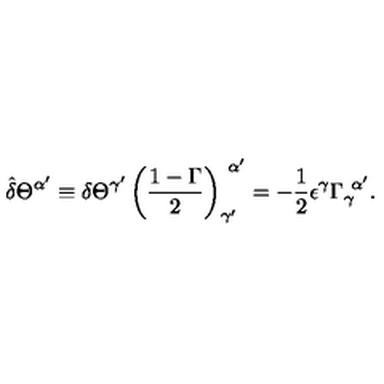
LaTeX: \hat { \delta } \Theta ^ { \alpha ^ { \prime } } \equiv \delta \Theta ^ { \gamma ^ { \prime } } \left( { \frac { 1 - \Gamma } { 2 } } \right) _ { \gamma ^ { \prime } } ^ { \ \alpha ^ { \prime } } = - { \frac { 1 } { 2 } } \epsilon ^ { \gamma } \Gamma _ { \gamma } ^ { \ \alpha ^ { \prime } } .